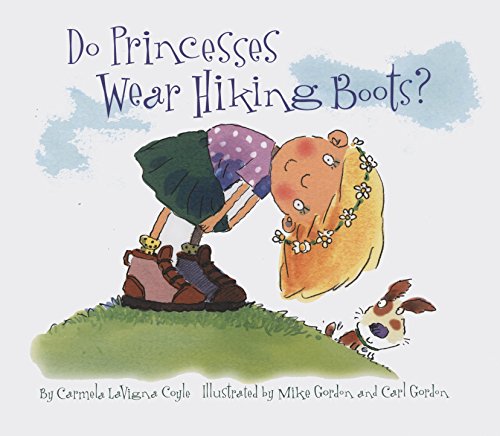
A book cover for Do Princesses Wear Hiking Boots?; Carmela LaVigna Coyle; Children's Books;